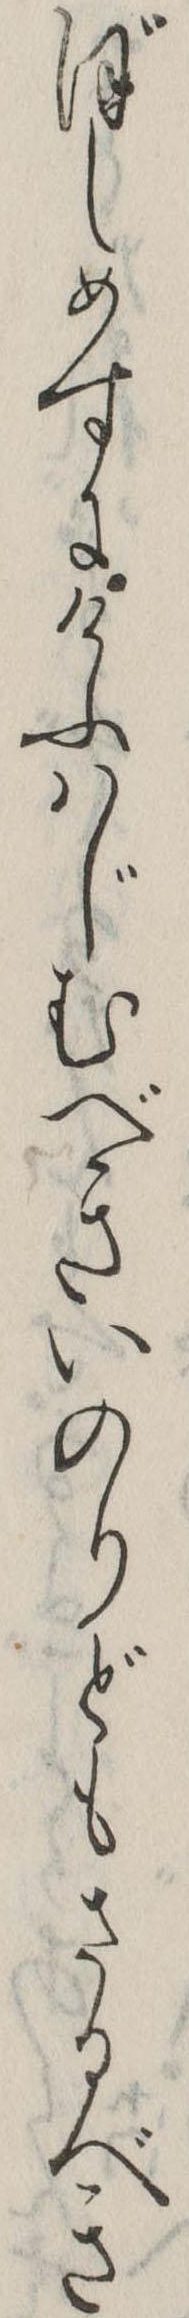
ぼしめすにけふはじむべきいのりどもさるべき